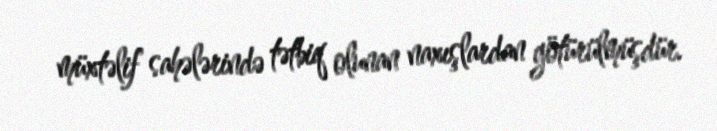
müxtəlif sahələrində tətbiq olunan naxışlardan götürülmüşdür.